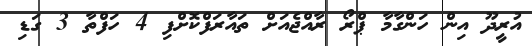
އުރީދޫ އިން ހަންގާމާ ޕްރޯ ރާއްޖެއަށް ތައާރަފްކޮށްފި 4 ހަފްތާ 3 ގަޑި